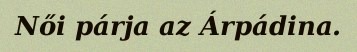
Női párja az Árpádina.